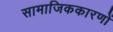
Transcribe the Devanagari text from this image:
सामाजिककारणों